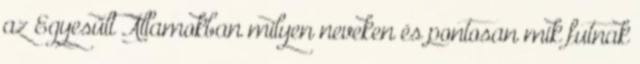
az Egyesült Államokban milyen neveken és pontosan mik futnak